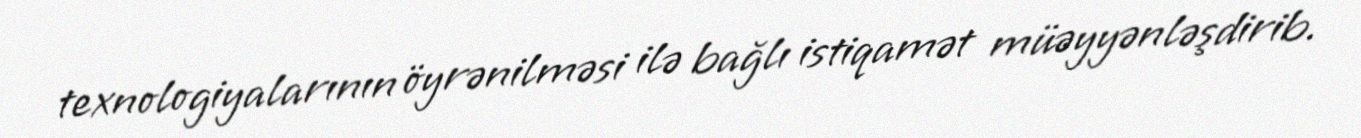
texnologiyalarının öyrənilməsi ilə bağlı istiqamət müəyyənləşdirib.